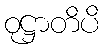
ဝုဋ္ဌာတိပိ